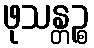
ဖုသန္တဉ္စ